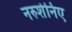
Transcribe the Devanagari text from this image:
नरुशेनिए